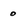
Character: 0